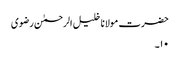
حضرت مولانا خلیل الرحمٰن رضوی
۱۰۔